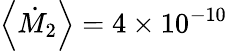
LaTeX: \left<\dot{M}_{\mathrm{2}}\right>=4\times 10^{-10}